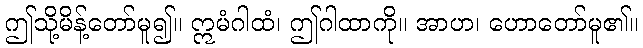
ဤသို့မိန့်တော်မူ၍။ ဣမံဂါထံ၊ ဤဂါထာကို။ အာဟ၊ ဟောတော်မူ၏။